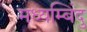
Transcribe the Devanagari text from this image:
मध्यम्बिंदु